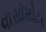
વાસોમોટર